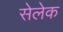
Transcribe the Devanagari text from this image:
सेलेक